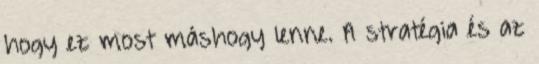
hogy ez most máshogy lenne. A stratégia és az